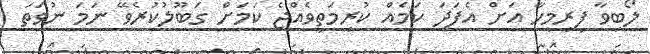
ލޯބިވާ ފިރިމީހާ އަށް އެފަދަ ކަމެއް ކުރިމަތިވެއްޖެ ކަމަށް ގަބޫލުކުރެވޭ ނަމަ ނުވަތަ